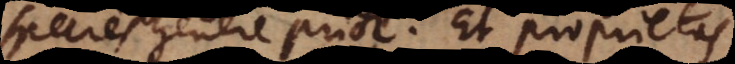
species genere prior. Et proprietas